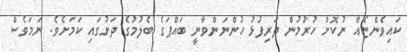
ކައިވެންޏެއް ނުކޮށް ހުރުމުން ދަރިފުޅު ހުންނަންވާނީ ބައްޕަގެ ބެލުމުގެ ދަށުގައި ކަމަށެވެ. ނަމަވެސް